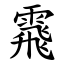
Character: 䬠